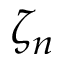
\zeta _ { n }